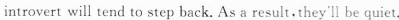
more the introvert will tend to step back. As a result, they'll be quiet.